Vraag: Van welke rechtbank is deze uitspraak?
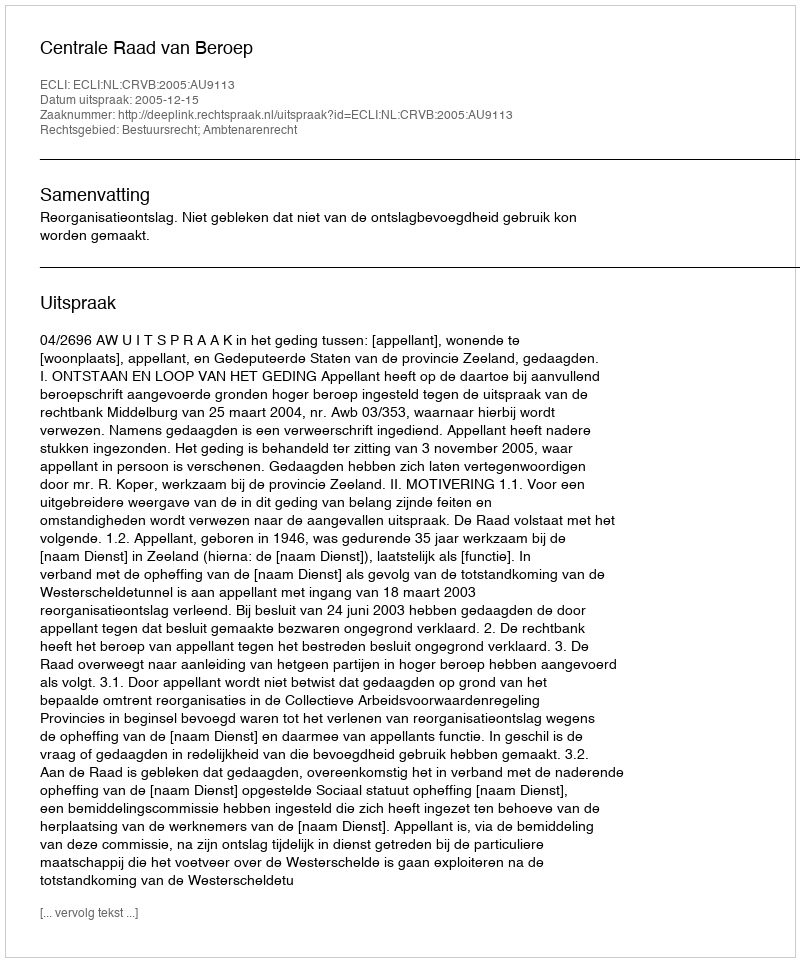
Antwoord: Centrale Raad van Beroep